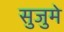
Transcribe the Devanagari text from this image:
सुजुमे